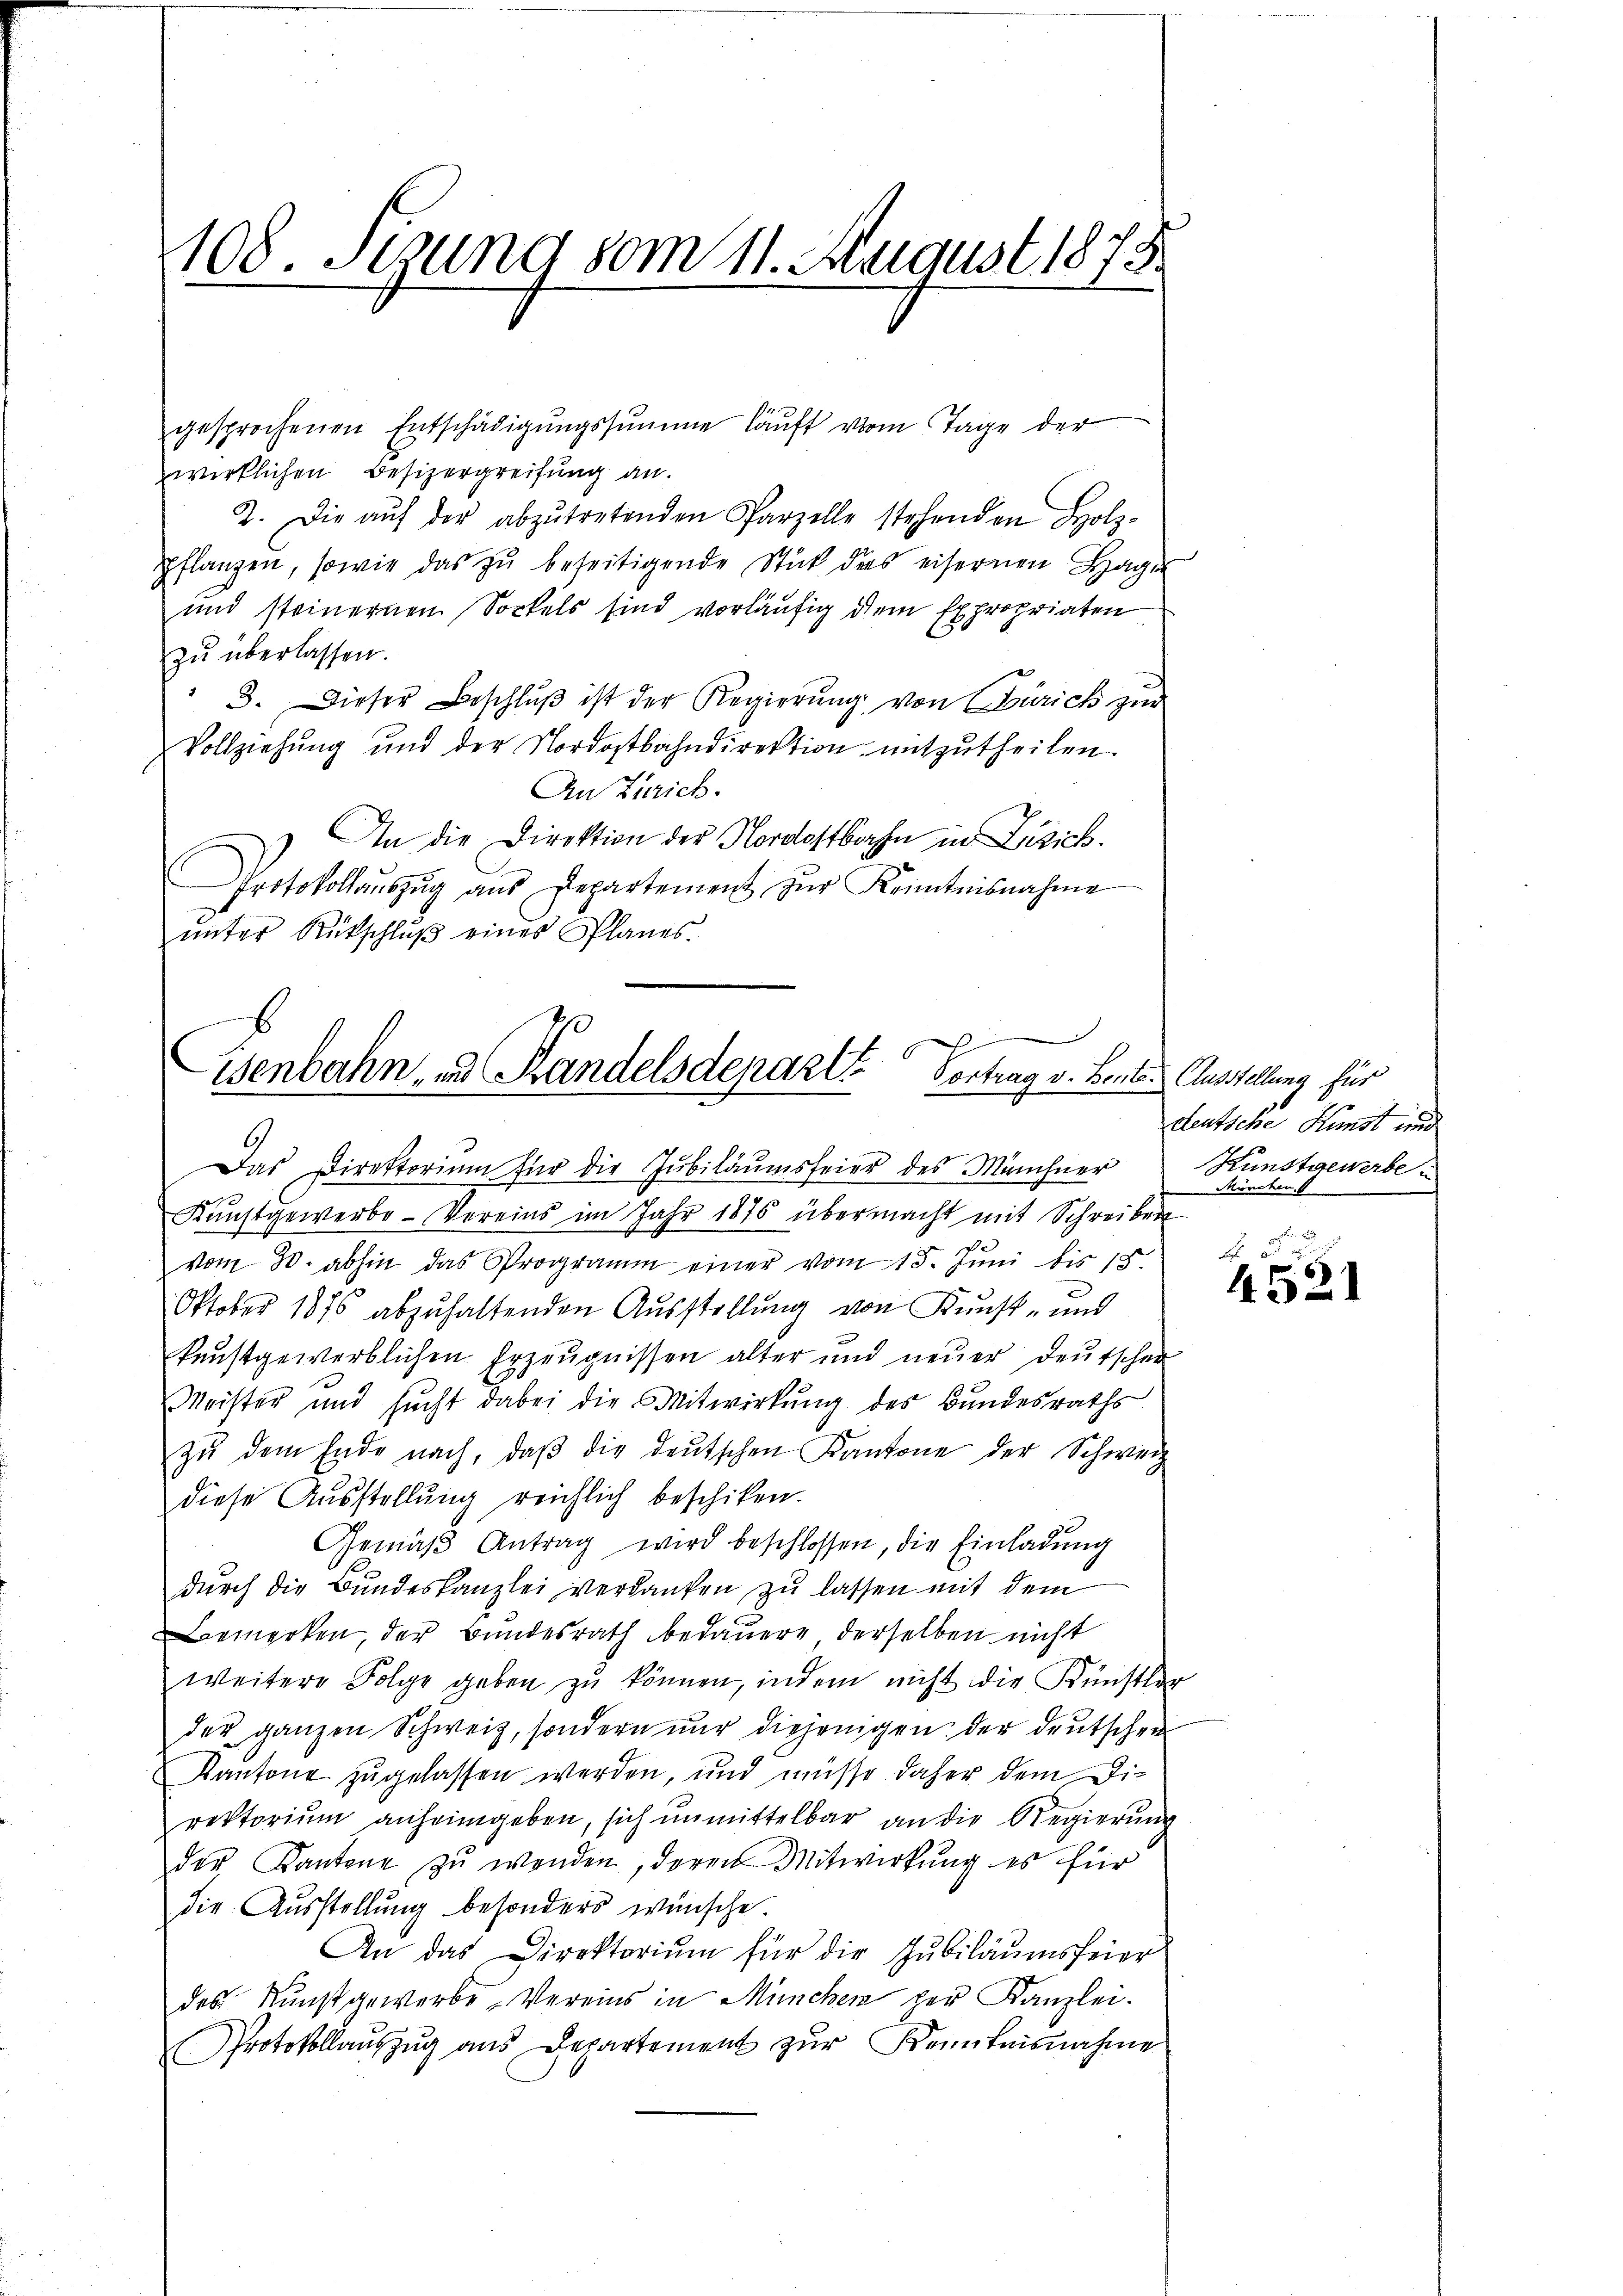
108. Stund vom 11. August 1875.

gesprochenen Entschädigŭngssumme läuft vom Tage der
wirklichen Besizergreifung an.
2. Die aŭf der abzŭtretenden Parzelle stehenden Holz-
Pflanzen, sowie das zŭ beseitigende Stück des eisernen Hage
und steinernen Sockels sind vorläufig dem Expropriaten
zu überlassen.
3. Dieser Beschlŭβ ist der Regierŭng von Zürich zŭr
Vollziehung und der Nordostbahndirektion mitzutheilen.
An Zürich.
An die Direktion der Nordostbahn in Zürich.
Protokollaŭszŭg aŭs Departement zŭr Kenntnisnahme
ŭnter Rütschlŭβ eines Planes.

s
isenbahn, und Randelsdeparte Vortrag v. Bente Ausstellung für

Das Direktorium für die Jubiläumsfeier des Münchner Kunstgewerbe¬
Kŭnstgewerbe-Vereins im Jahr 1875 übermacht mit Schreiben
vom 30. abhin das Programm einer vom 15. Jŭni bis 15.
Oktober 1876 abzuhaltenden Ausstellung von Kunst- und
kunstgewerblichen Erzeŭgnissen alter und neŭer deŭtschen
Meister und sŭcht dabei die Mitwirkŭng des Bundesraths
zŭ dem Ende nach, daβ die deutschen Kantone der Schweiz
diese Ausstellung reichlich beschiken.
Gemäβ Antrag wird beschlossen, die Einladung
durch die Bundeskanzlei verdanken zu lassen mit dem
Bemerken, der Bundesrath bedauern, derselben nicht
weitere Folge geben zŭ können, indem nicht die Künstler
der ganzen Schweiz, sondern nur diejenigen der deutschen
Kantone zugelassen werden, und müsse daher dem Di-
rektorium anheimgeben, sich unmittelbar an die Regierung
der Kantone zŭ wenden, deren Mitwirkung es für
die Ausstellung besonders wünsche.
An das Direktorium für die Jubiläumsfeier
des Kunstgewerbe Vereins in München zur Kanzlei.
Protokollauszug aus Departement zur Kenntnisnahme

deutsche Kunst und
Müncher 6

4521